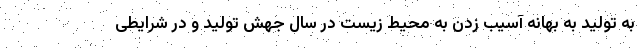
به تولید به بهانه آسیب زدن به محیط زیست در سال جهش تولید و در شرایطی